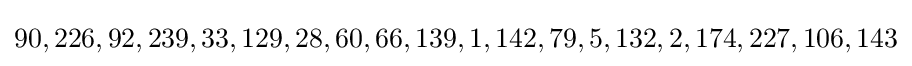
90,226,92,239,33,129,28,60,66,139,1,142,79,5,132,2,174,227,106,143